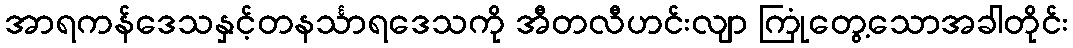
အာရကန်ဒေသနှင့်တနင်္သာရဒေသကို အီတလီဟင်းလျာ ကြုံတွေ့သောအခါတိုင်း